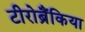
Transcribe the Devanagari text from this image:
टीरोब्रैंकिया